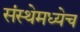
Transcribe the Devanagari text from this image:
संस्थेमध्येच